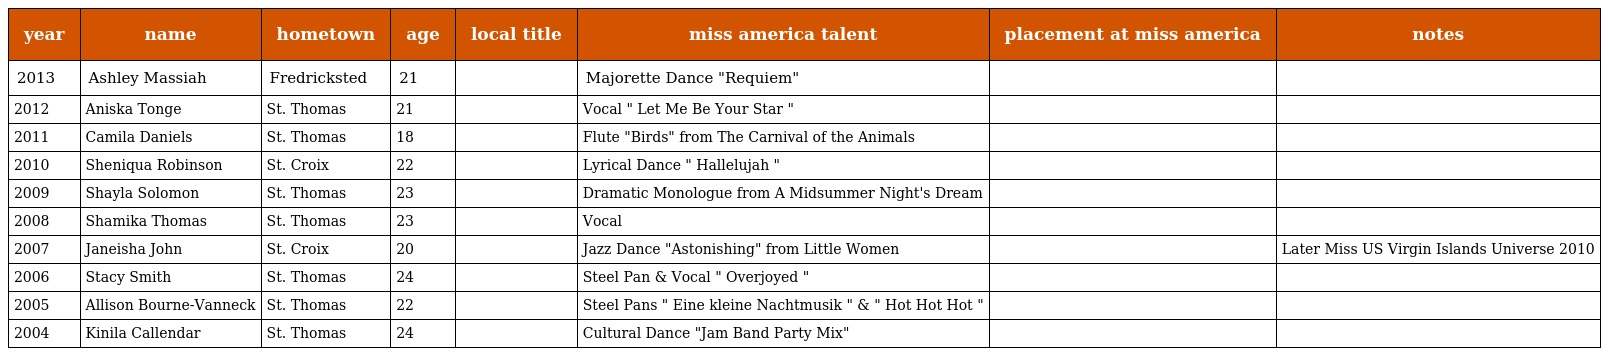
| year | name | hometown | age | local title | miss america talent | placement at miss america | notes |
 | --- | --- | --- | --- | --- | --- | --- | --- |
 | 2013 | Ashley Massiah | Fredricksted | 21 |  | Majorette Dance "Requiem" |  |  |
 | 2012 | Aniska Tonge | St. Thomas | 21 |  | Vocal " Let Me Be Your Star " |  |  |
 | 2011 | Camila Daniels | St. Thomas | 18 |  | Flute "Birds" from The Carnival of the Animals |  |  |
 | 2010 | Sheniqua Robinson | St. Croix | 22 |  | Lyrical Dance " Hallelujah " |  |  |
 | 2009 | Shayla Solomon | St. Thomas | 23 |  | Dramatic Monologue from A Midsummer Night's Dream |  |  |
 | 2008 | Shamika Thomas | St. Thomas | 23 |  | Vocal |  |  |
 | 2007 | Janeisha John | St. Croix | 20 |  | Jazz Dance "Astonishing" from Little Women |  | Later Miss US Virgin Islands Universe 2010 |
 | 2006 | Stacy Smith | St. Thomas | 24 |  | Steel Pan & Vocal " Overjoyed " |  |  |
 | 2005 | Allison Bourne-Vanneck | St. Thomas | 22 |  | Steel Pans " Eine kleine Nachtmusik " & " Hot Hot Hot " |  |  |
 | 2004 | Kinila Callendar | St. Thomas | 24 |  | Cultural Dance "Jam Band Party Mix" |  |  |